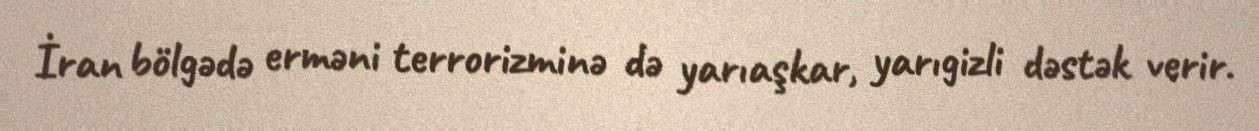
İran bölgədə erməni terrorizminə də yarıaşkar, yarıgizli dəstək verir.